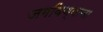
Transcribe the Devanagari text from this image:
जगविण्याचा